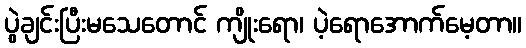
ပွဲချင်းပြီးမသေတောင် ကျိုးရော၊ ပဲ့ရောအောက်မေ့တာ။